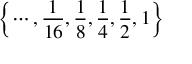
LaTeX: \left\{ \cdots , { \frac { 1 } { 1 6 } } , { \frac { 1 } { 8 } } , { \frac { 1 } { 4 } } , { \frac { 1 } { 2 } } , 1 \right\}